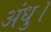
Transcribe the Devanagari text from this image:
अंधु।